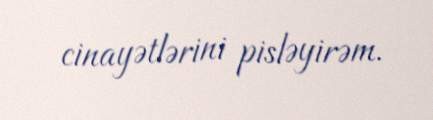
cinayətlərini pisləyirəm.